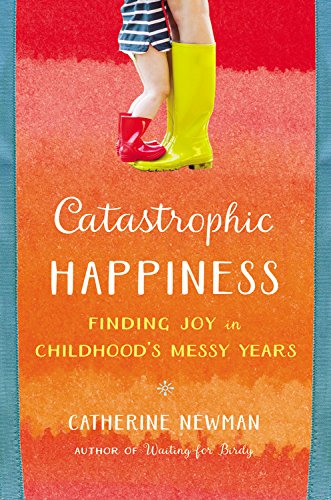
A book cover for Catastrophic Happiness: Finding Joy in Childhood's Messy Years; Catherine Newman; Parenting & Relationships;